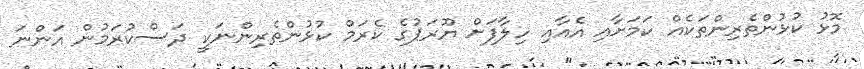
މޮޅު ކުޅުންތެރިންތަކެއް ކަމަށާއި އެއާއި ހިލާފަށް ޔޫރަޕުގެ ކެރަމް ކުޅުންތެރިންނަކީ ދަސްކުރަމުން އަންނަ